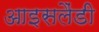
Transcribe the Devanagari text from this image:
आइसलैंडी